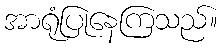
အာရုံပြုနေကြသည်။